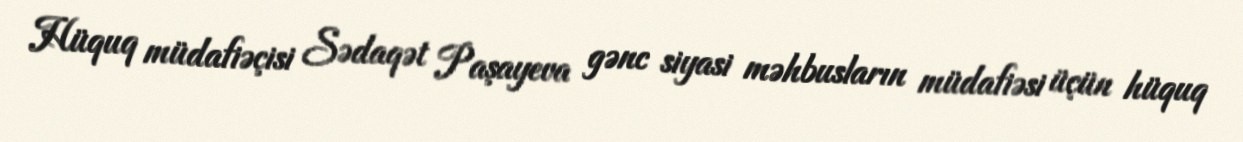
Hüquq müdafiəçisi Sədaqət Paşayeva gənc siyasi məhbusların müdafiəsi üçün hüquq